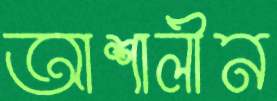
আশালীন